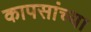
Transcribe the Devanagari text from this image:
कापसांच्या